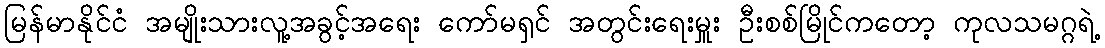
မြန်မာနိုင်ငံ အမျိုးသားလူ့အခွင့်အရေး ကော်မရှင် အတွင်းရေးမှူး ဦးစစ်မြိုင်ကတော့ ကုလသမဂ္ဂရဲ့